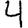
Digit: 4